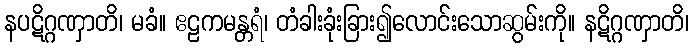
နပဋိဂ္ဂဏှာတိ၊ မခံ။ ဧဠကမန္တရံ၊ တံခါးခုံးခြား၍လောင်းသောဆွမ်းကို။ နဋိဂ္ဂဏှာတိ၊